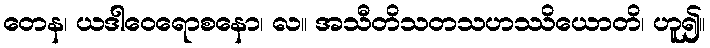
တေန၊ ယဒါဝေရောစနော၊ လ။ အသီတိသတသဟဿိယောတိ၊ ဟူ၍။